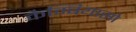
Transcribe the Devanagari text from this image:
कैम्बियासो